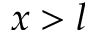
x > l